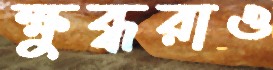
ক্ষুব্ধরাও